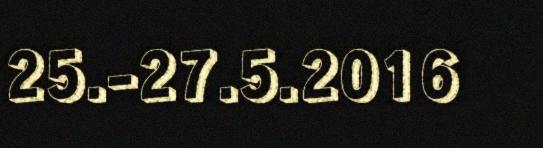
25.-27.5.2016